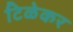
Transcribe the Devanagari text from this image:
टिळेकर